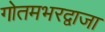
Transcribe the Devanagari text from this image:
गोतमभरद्वाजा